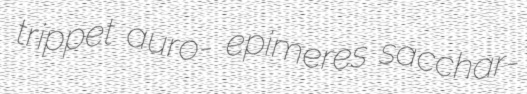
trippet auro- epimeres sacchar-